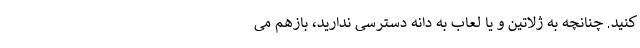
کنید. چنانچه به ژلاتین و یا لعاب به دانه دسترسی ندارید، بازهم می‌